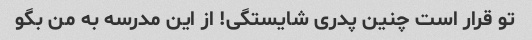
تو قرار است چنین پدری شایستگی! از این مدرسه به من بگو